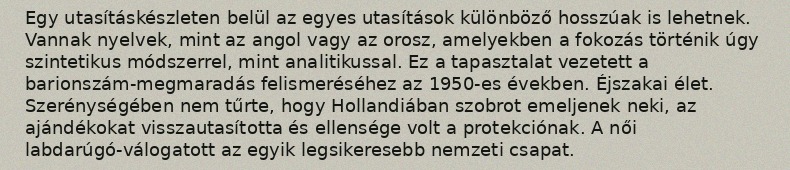
Egy utasításkészleten belül az egyes utasítások különböző hosszúak is lehetnek. Vannak nyelvek, mint az angol vagy az orosz, amelyekben a fokozás történik úgy szintetikus módszerrel, mint analitikussal. Ez a tapasztalat vezetett a barionszám-megmaradás felismeréséhez az 1950-es években. Éjszakai élet. Szerénységében nem tűrte, hogy Hollandiában szobrot emeljenek neki, az ajándékokat visszautasította és ellensége volt a protekciónak. A női labdarúgó-válogatott az egyik legsikeresebb nemzeti csapat.